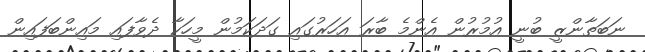
ނަބަތާންޒީ ބުނީ އުމުރުން އެންމެ ބާރަ އަހަރުގައި ގަދަކަމުން މީހަކާ ދެވާފައި މައިންބަފައިން